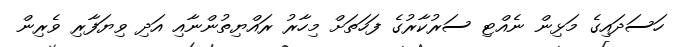
ހަސަދައިގެ މަޅިން ނެއްޓި ސަރުކާރުގެ ފަހަތަށް މިހާރު ރައްޔިތުންނާއި އަދި ވިޔަފާރި ވެރިން